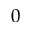
0